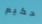
حكيم